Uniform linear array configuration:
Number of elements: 48
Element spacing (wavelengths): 0.25
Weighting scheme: uniform
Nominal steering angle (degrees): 30
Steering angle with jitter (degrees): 30.547
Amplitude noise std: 0.05
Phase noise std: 0.05

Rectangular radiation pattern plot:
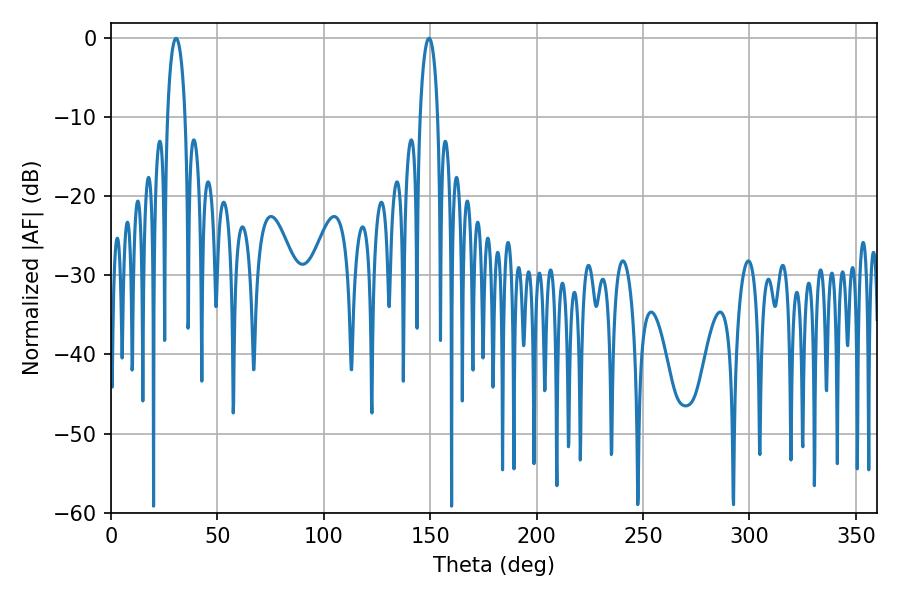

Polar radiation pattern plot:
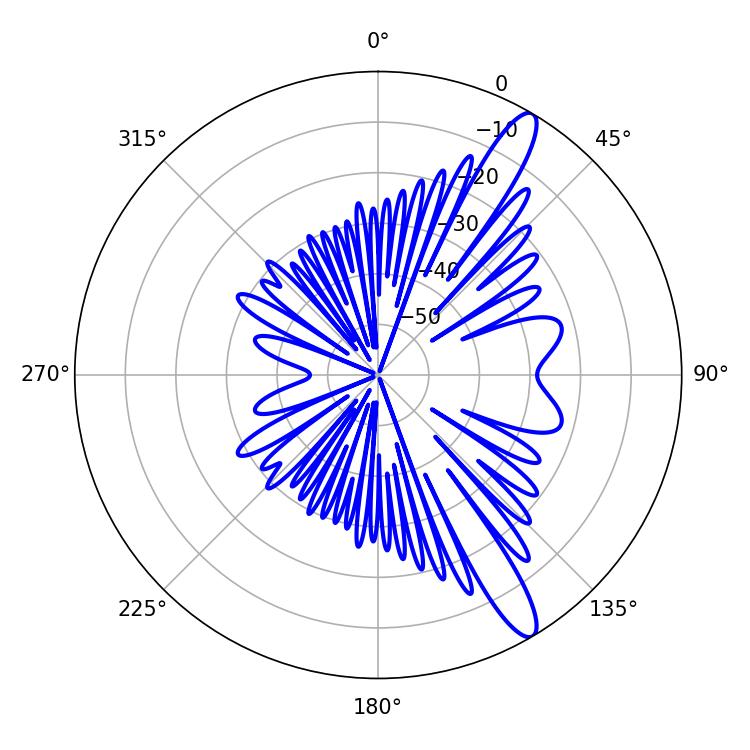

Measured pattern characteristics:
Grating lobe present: FALSE
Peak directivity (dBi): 13.04
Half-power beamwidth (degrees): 4.68
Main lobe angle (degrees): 30.6